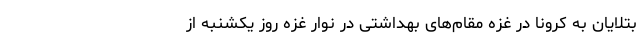
بتلایان به کرونا در غزه مقام‌های بهداشتی در نوار غزه روز یکشنبه از